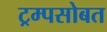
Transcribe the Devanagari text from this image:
ट्रम्पसोबत